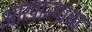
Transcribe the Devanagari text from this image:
आखान्याचा